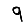
Digit: 9